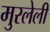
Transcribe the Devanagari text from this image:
मुरलेली